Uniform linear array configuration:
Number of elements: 8
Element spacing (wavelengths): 0.25
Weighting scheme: kaiser
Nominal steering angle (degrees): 30
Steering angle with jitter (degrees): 30.641
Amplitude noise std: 0.05
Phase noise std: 0.05

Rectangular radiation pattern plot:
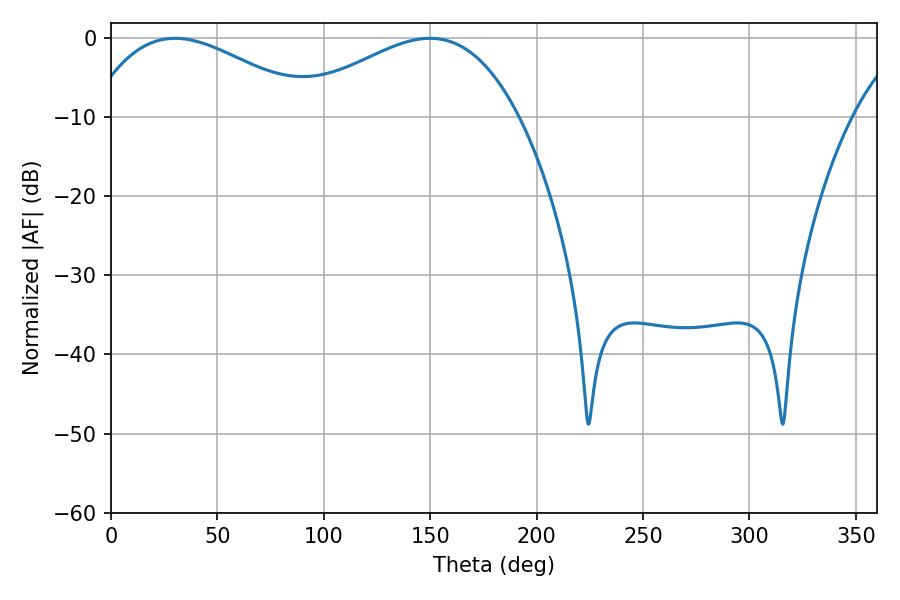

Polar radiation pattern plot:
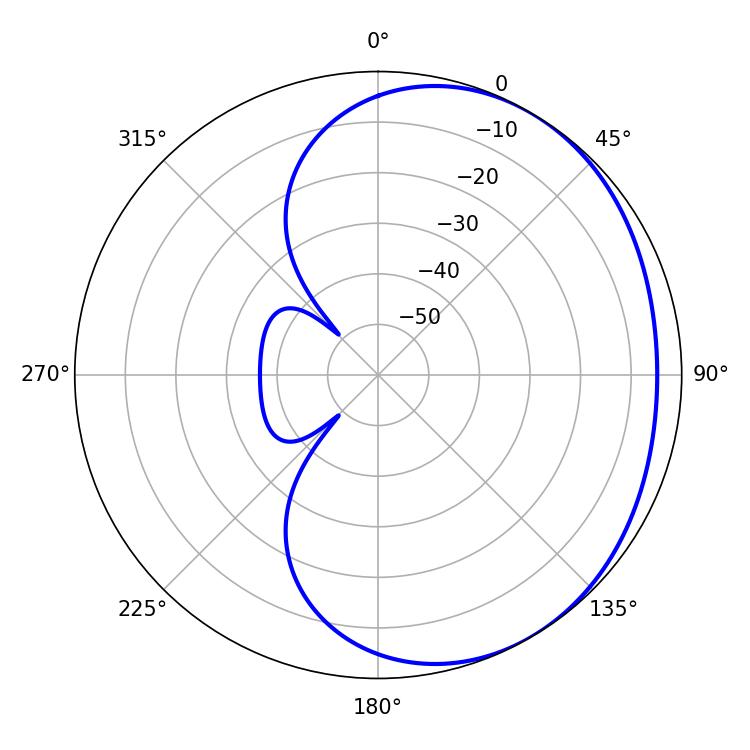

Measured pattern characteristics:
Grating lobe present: FALSE
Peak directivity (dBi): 2.223
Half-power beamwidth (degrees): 57.96
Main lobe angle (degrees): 30.06